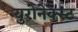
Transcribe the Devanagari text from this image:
युरोनेक्स्ट